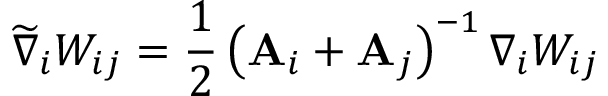
\widetilde { \nabla } _ { i } W _ { i j } = \frac { 1 } { 2 } \left( \mathbf { A } _ { i } + \mathbf { A } _ { j } \right) ^ { - 1 } \nabla _ { i } W _ { i j }